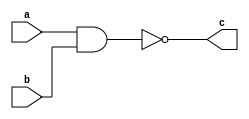
//Exercicio 1
//Nome: Vitor Angelo Lima
//Matrcula: 451621

module  nandgate( output c, input a, input b);
	assign c = ~(a & b);
endmodule

module testgate;
	reg a, b;
	wire c;
	nandgate nand1 (c, a, b);
	
	initial begin
		a = 0;
		b = 0;
	end
	
	initial begin
		#1 a = 0; b = 0;
		$display ("~( %b & %b ) = %b", a, b, c);
		#1 a = 0; b = 1;
		$display ("~( %b & %b ) = %b", a, b, c);
		#1 a = 1; b = 1;
		$display ("~( %b & %b ) = %b", a, b, c);
		#1 a = 1; b = 0;
		$display ("~( %b & %b ) = %b", a, b, c);
	end
endmodule